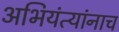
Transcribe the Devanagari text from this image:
अभियंत्यांनाच